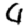
Digit: 4